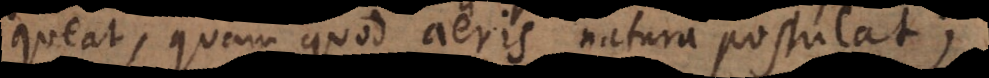
queat, quam quod aëris natura postulat;